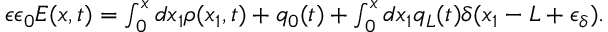
\begin{array} { r } { \epsilon \epsilon _ { 0 } E ( x , t ) = \int _ { 0 } ^ { x } d x _ { 1 } \rho ( x _ { 1 } , t ) + q _ { 0 } ( t ) + \int _ { 0 } ^ { x } d x _ { 1 } q _ { L } ( t ) \delta ( x _ { 1 } - L + \epsilon _ { \delta } ) . } \end{array}